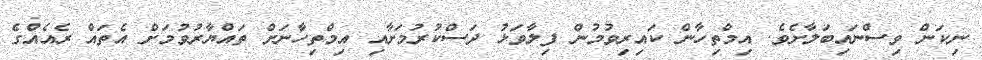
ނިކަން ވިސްނައިބަލާށެވެ. އިމްތިހާން ކައިރިވުމުން ފިލާވަޅު ދަސްކުރުމަށާއި އިމްތިހާނަށް ތައްޔާރުވުމަށް އެތައް ރެއެއްގެ